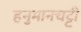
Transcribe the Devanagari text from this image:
हनुमानचट्टी